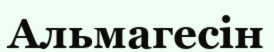
Альмагесін